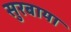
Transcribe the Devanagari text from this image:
सुरबाया